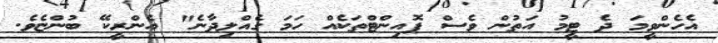
އެހެންވީމަ ދެ ޓީމު އަތުން ވެސް ޕޮއިންޓްތަކެއް ހަމަ ގެއްލިދާނެ" އެންރީކޭ ބުންޏެވެ.